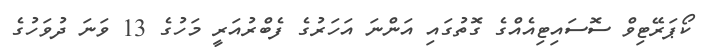
ކޯޕަރޭޓިވް ސޮސައިޓިއެއްގެ ގޮތުގައި އަންނަ އަހަރުގެ ފެބްރުއަރީ މަހުގެ 13 ވަނަ ދުވަހުގެ